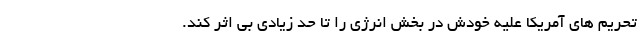
تحریم های آمریکا علیه خودش در بخش انرژی را تا حد زیادی بی اثر کند.